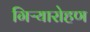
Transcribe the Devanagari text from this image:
गिऱ्यारोहण